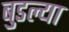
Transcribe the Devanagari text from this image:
बुडल्या